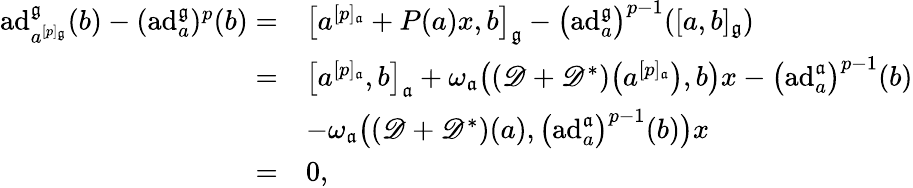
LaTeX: \begin{array}{rl}{\mathrm{ad}_{a^{[p]_{\mathfrak{g}}}}^{\mathfrak{g}}(b)-(\mathrm{ad}_{a}^{\mathfrak{g}})^{p}(b)=}&{\big[a^{[p]_{\mathfrak{a}}}+P(a)x,b\big]_{\mathfrak{g}}-\bigl(\mathrm{ad}_{a}^{\mathfrak{g}}\bigr)^{p-1}([a,b]_{\mathfrak{g}})}\\ {=}&{\big[a^{[p]_{\mathfrak{a}}},b\big]_{\mathfrak{a}}+\omega_{\mathfrak{a}}\bigl(({\mathscr D}+{\mathscr D}^{*})\bigl(a^{[p]_{\mathfrak{a}}}\bigr),b\bigr)x-\bigl(\mathrm{ad}_{a}^{\mathfrak{a}}\bigr)^{p-1}(b)}\\ &{-\omega_{\mathfrak{a}}\bigl(({\mathscr D}+{\mathscr D}^{*})(a),\bigl(\mathrm{ad}_{a}^{\mathfrak{a}}\bigr)^{p-1}(b)\bigr)x}\\ {=}&{0,}\end{array}